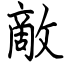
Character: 敵